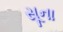
સૂના